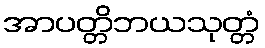
အာပတ္တိဘယသုတ္တံ